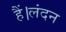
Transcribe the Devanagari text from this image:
हैं।लंदन